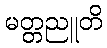
မတ္တညူတိ